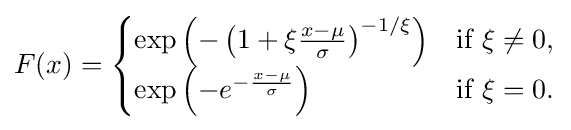
F(x)={\begin{cases}\exp \left(-\left(1+\xi {\frac {x-\mu }{\sigma }}\right)^{-{1}/{\xi }}\right)&{\text{if }}\xi \neq 0,\\\exp \left(-e^{-{\frac {x-\mu }{\sigma }}}\right)&{\text{if }}\xi =0.\end{cases}}